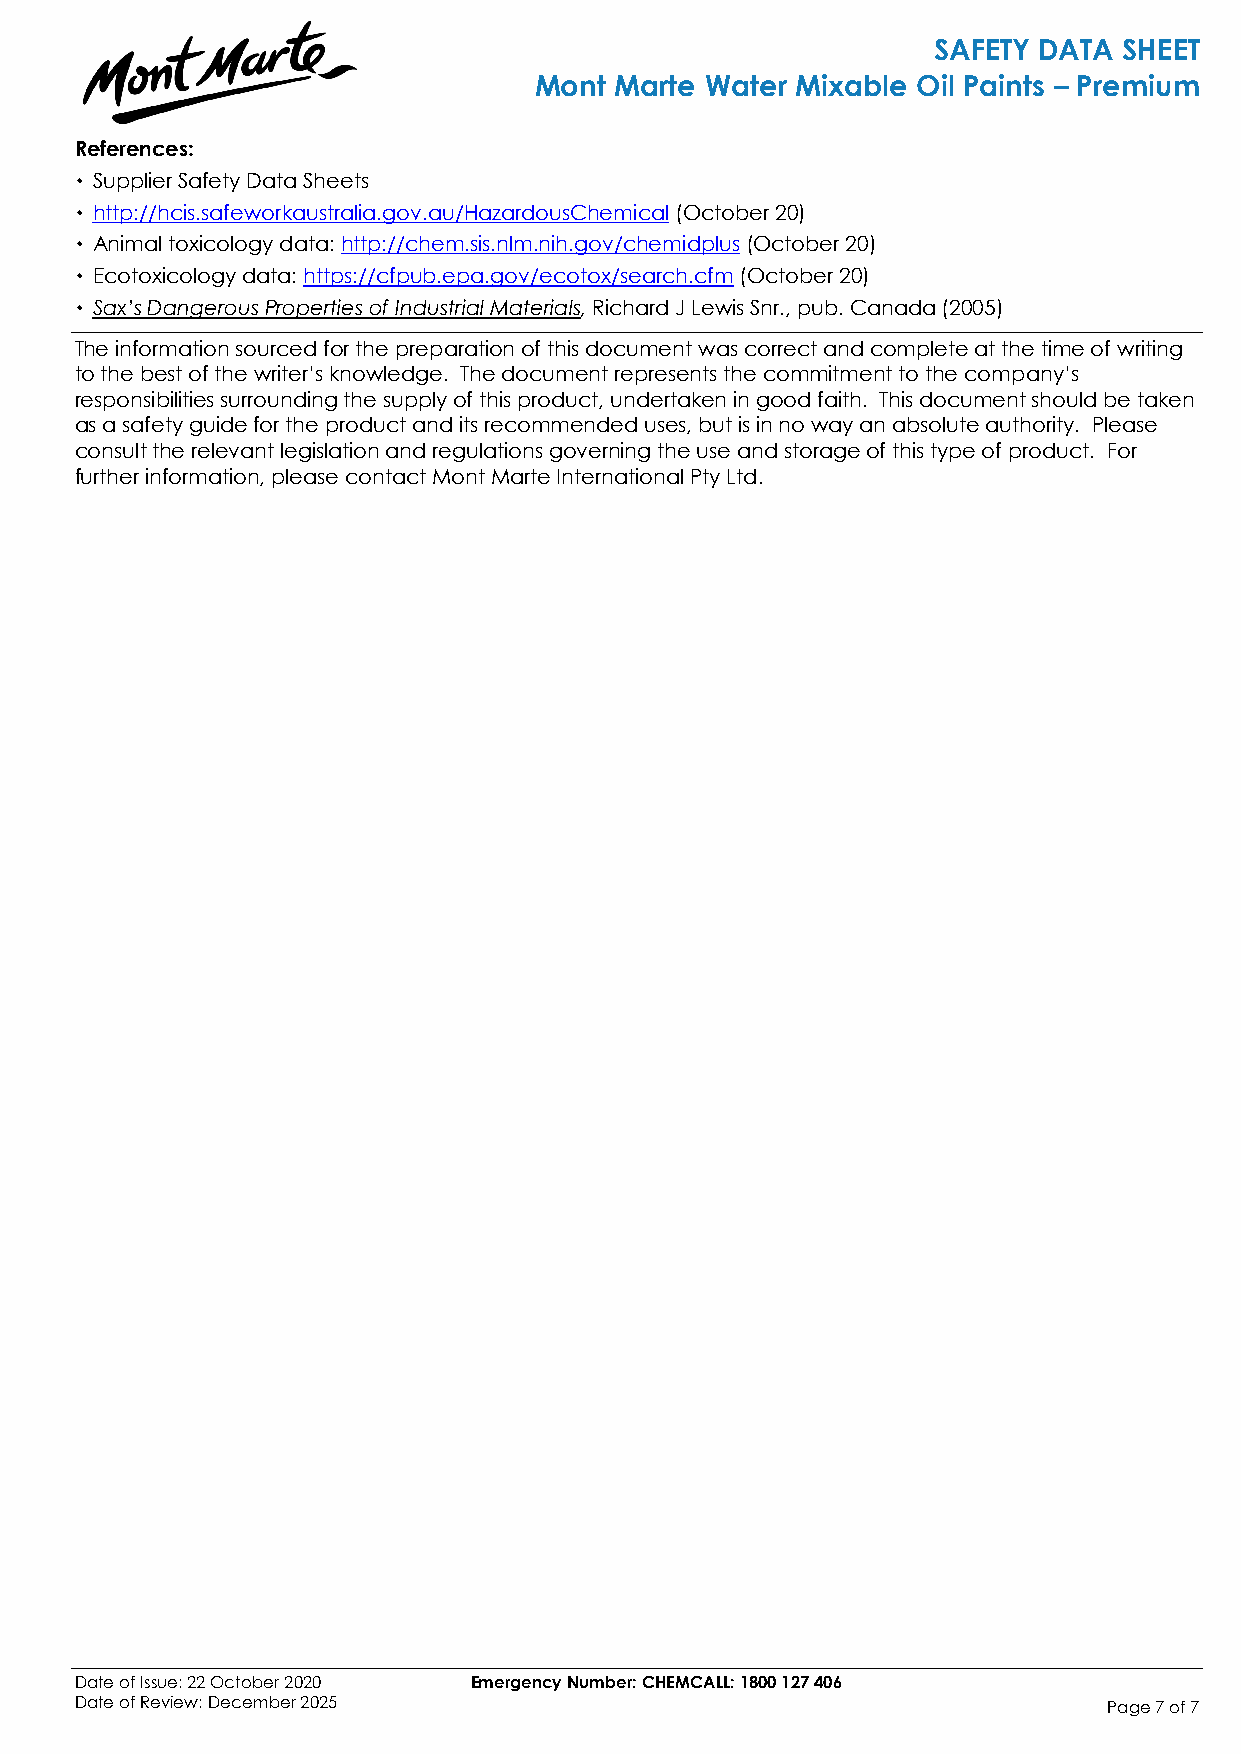
SAFETY DATA SHEET
 Mont  Marte Water Mixable Oil Paints – Premium
 References:
 ­ Supplier Safety Data Sheets
 ­ http://hcis.safeworkaustralia.gov.au/HazardousChemical (October 20)
 ­ Animal toxicology data: http://chem.sis.nlm.nih.gov/chemidplus (October 20)
 ­ Ecotoxicology data: https://cfpub.epa.gov/ecotox/search.cfm (October 20)
 ­ Sax’s Dangerous Properties of Industrial Materials, Richard J Lewis Snr., pub. Canada (2005)
 The information sourced for the preparation of this document was correct and complete at the time of writing
 to the best of the writer’s knowledge. The document represents the commitment to the company’s
 responsibilities surrounding the supply of this product, undertaken in good faith. This document should be taken
 as a safety guide for the product and its recommended uses, but is in no way an absolute authority. Please
 consult the relevant legislation and regulations governing the use and storage of this type of product. For
 further information, please contact Mont Marte International Pty Ltd.
 Date of Issue: 22 October 2020 Emergency Number: CHEMCALL: 1800 127 406
 Date of Review: December 2025                                       Page 7 of 7